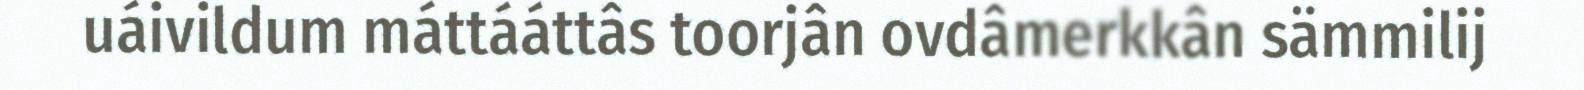
uáivildum máttááttâs toorjân ovdâmerkkân sämmilij